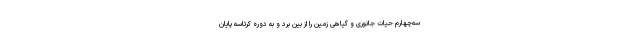
سه‌چهارم حیات جانوری و گیاهی زمین را از بین برد و به دوره کرتاسه پایان